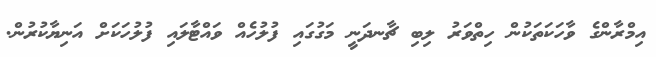
އިމްރާންގެ ވާހަކަތަކުން ހިތްވަރު ލިބި ޗާނދަނީ މަގުގައި ފުލުހެއް ވައްޓާލައި ފުލުހަކަށް އަނިޔާކުރުން.